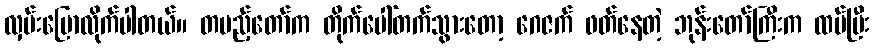
လှမ်းပြောလိုက်ပါတယ်။ တပည့်တော်က တိုက်ပေါ်တက်သွားတော့ ဂေဇက် ဖတ်နေတဲ့ ဘုန်းတော်ကြီးက ထပ်ပြီး